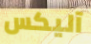
آليكس